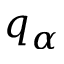
q _ { \alpha }